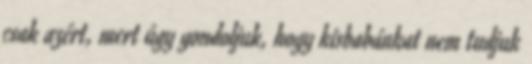
csak azért, mert úgy gondoljuk, hogy kisbabánkat nem tudjuk